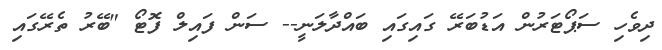
ދިވެހި ސަޕޯޓަރުން އަޑުބަރޭ ގައިގައި ބައްދާލަނީ-- ސަން ފައިލް ފޮޓޯ "ބޭރު ތެރޭގައި